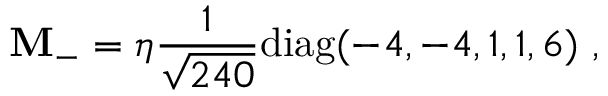
{ \bf M } _ { - } = \eta { \frac { 1 } { \sqrt { 2 4 0 } } } \mathrm { d i a g } ( - 4 , - 4 , 1 , 1 , 6 ) \ ,